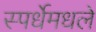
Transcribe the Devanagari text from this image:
स्पर्धेमधले